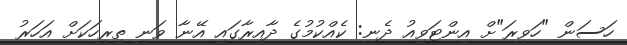
ހަސަން "ހަވީރަ"ށް އިންޓަވިއު ދެނީ: ކެއްކުމުގެ ދާއިރާގައި އޭނާ ވަނީ ތިރީހަކަށް އަހަރު